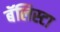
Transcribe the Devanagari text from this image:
बॅलिस्टा